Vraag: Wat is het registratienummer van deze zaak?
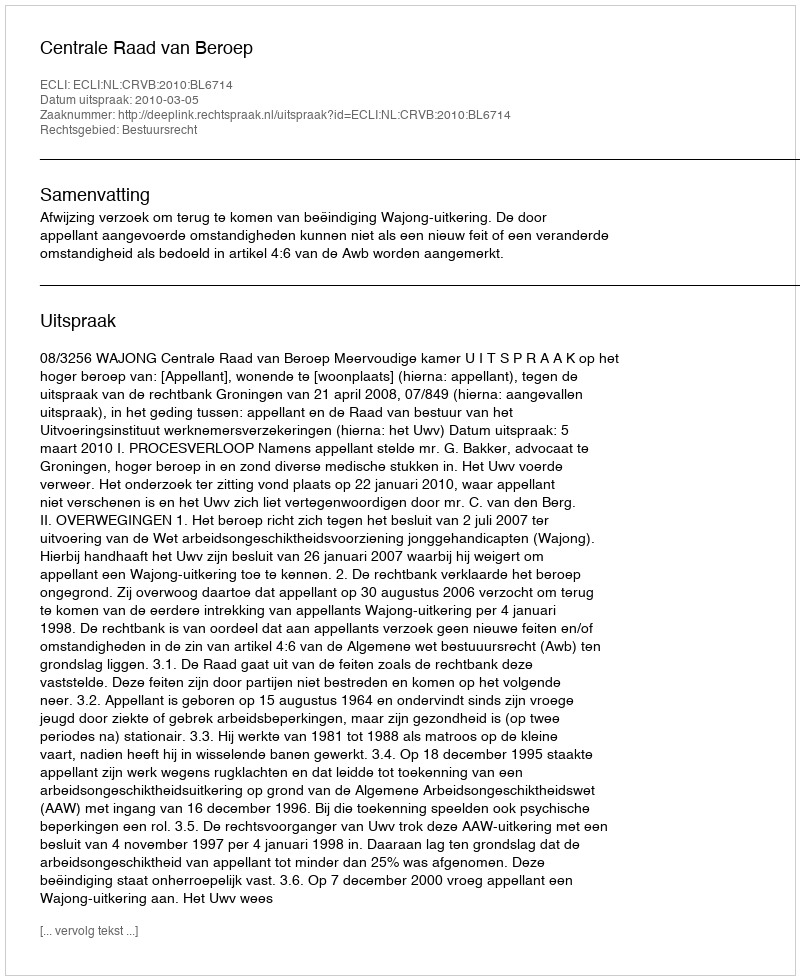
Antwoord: http://deeplink.rechtspraak.nl/uitspraak?id=ECLI:NL:CRVB:2010:BL6714